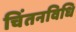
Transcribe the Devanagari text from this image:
चिंतनविधि